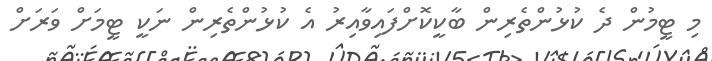
މި ޓީމުން ދެ ކުޅުންތެރިން ބާކީކޮށްފައިވާއިރު އެ ކުޅުންތެރިން ނަކީ ޓީމަށް ވަރަށް